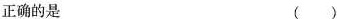
正确的是 ()